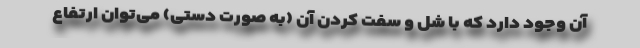
آن وجود دارد که با شل و سفت کردن آن (به‌ صورت دستی) می‌توان ارتفاع